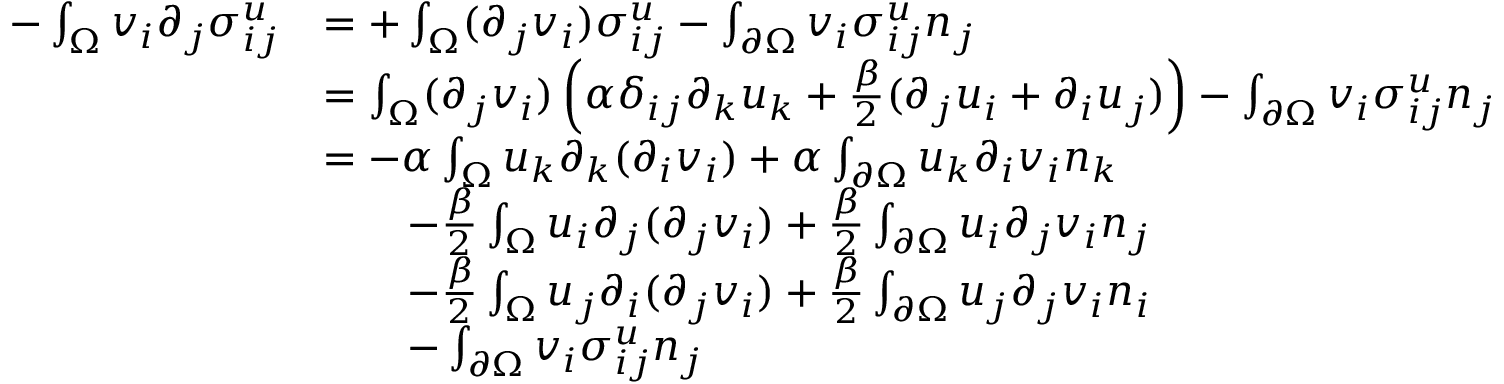
\begin{array} { r l } { - \int _ { \Omega } v _ { i } \partial _ { j } \sigma _ { i j } ^ { u } } & { = + \int _ { \Omega } ( \partial _ { j } v _ { i } ) \sigma _ { i j } ^ { u } - \int _ { \partial \Omega } v _ { i } \sigma _ { i j } ^ { u } n _ { j } } \\ & { = \int _ { \Omega } ( \partial _ { j } v _ { i } ) \left( \alpha \delta _ { i j } \partial _ { k } u _ { k } + \frac { \beta } { 2 } ( \partial _ { j } u _ { i } + \partial _ { i } u _ { j } ) \right) - \int _ { \partial \Omega } v _ { i } \sigma _ { i j } ^ { u } n _ { j } } \\ & { = - \alpha \int _ { \Omega } u _ { k } \partial _ { k } ( \partial _ { i } v _ { i } ) + \alpha \int _ { \partial \Omega } u _ { k } \partial _ { i } v _ { i } n _ { k } } \\ & { \quad \quad - \frac { \beta } { 2 } \int _ { \Omega } u _ { i } \partial _ { j } ( \partial _ { j } v _ { i } ) + \frac { \beta } { 2 } \int _ { \partial \Omega } u _ { i } \partial _ { j } v _ { i } n _ { j } } \\ & { \quad \quad - \frac { \beta } { 2 } \int _ { \Omega } u _ { j } \partial _ { i } ( \partial _ { j } v _ { i } ) + \frac { \beta } { 2 } \int _ { \partial \Omega } u _ { j } \partial _ { j } v _ { i } n _ { i } } \\ & { \quad \quad - \int _ { \partial \Omega } v _ { i } \sigma _ { i j } ^ { u } n _ { j } } \end{array}